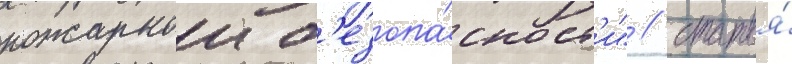
пожарнои б'езопа́сност'и" / статья́